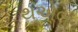
થએલ